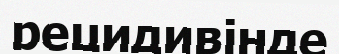
рецидивінде